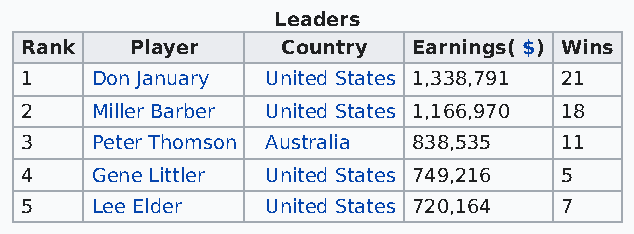
Leaders
 Rank    Player    Country Earnings( $) Wins
 1    Don January United States 1,338,791 21
 2    Miller Barber United States 1,166,970 18
 3    Peter Thomson Australia 838,535 11
 4    Gene Littler United States 749,216 5
 5    Lee Elder   United States 720,164 7